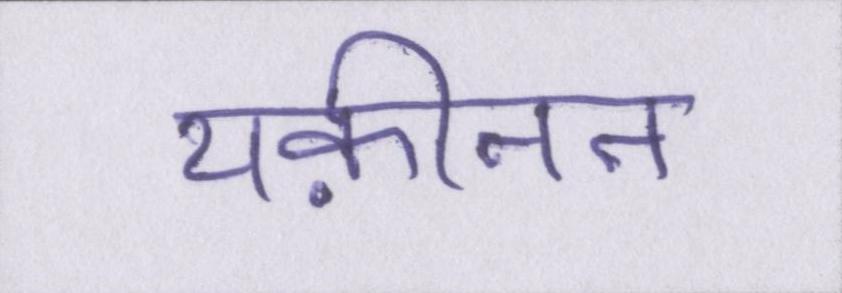
यक़ीनन